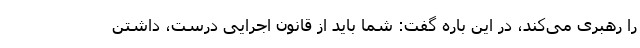
را رهبری می‌کند، در این باره گفت: شما باید از قانون اجرایی درست، داشتن